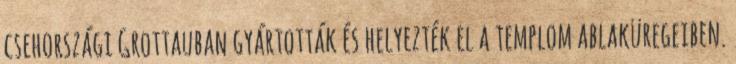
csehországi Grottauban gyártották és helyezték el a templom ablaküregeiben.